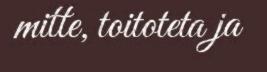
mitte, toitoteta ja